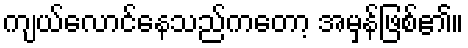
ကျယ်လောင်နေသည်ကတော့ အမှန်ဖြစ်၏။